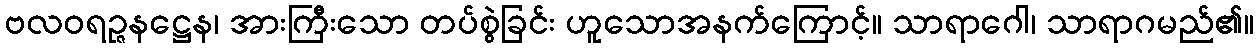
ဗလဝရဉ္ဇနဋ္ဌေန၊ အားကြီးသော တပ်စွဲခြင်း ဟူသောအနက်ကြောင့်။ သာရာဂေါ၊ သာရာဂမည်၏။